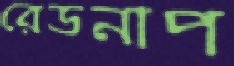
রেডনাপ